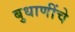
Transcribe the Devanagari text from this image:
बुधाणींचे